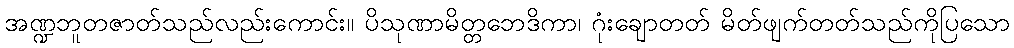
အဏ္ဍဘူတဇာတ်သည်လည်းကောင်း။ ပိသုဏာမိတ္တဘေဒိကာ၊ ဂုံးချောတတ် မိတ်ဖျက်တတ်သည်ကိုပြသော